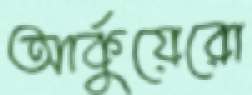
আর্কুয়েরো